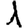
Digit: 1